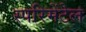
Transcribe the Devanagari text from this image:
स्परिमेंटेल